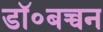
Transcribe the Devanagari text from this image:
डॉ॰बच्चन